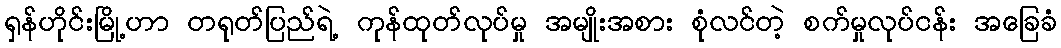
ရှန်ဟိုင်းမြို့ဟာ တရုတ်ပြည်ရဲ့ ကုန်ထုတ်လုပ်မှု အမျိုးအစား စုံလင်တဲ့ စက်မှုလုပ်ငန်း အခြေခံ